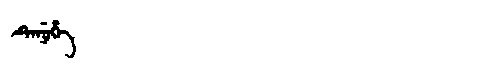
Manchu: ᡨᡝᠨᡠᡥᡝ
Romanization: TENUHE